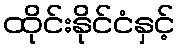
ထိုင်းနိုင်ငံနှင့်